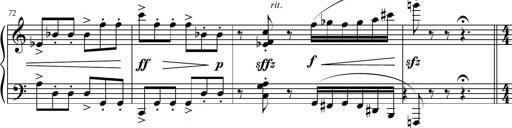
Title: Petite Sonatine
Composer: Richard St. Clair